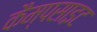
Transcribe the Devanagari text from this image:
कैम्पसाइट